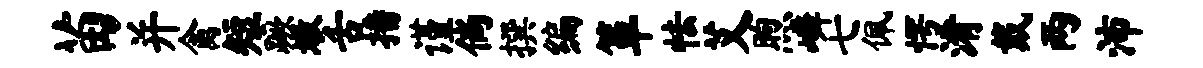
苗并禽短蹶墩舌播谨倘撰编箪怯艾煦嶙七佩愕淆戴两沛